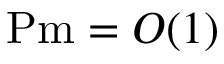
\ensuremath { \mathrm { P m } } = O ( 1 )